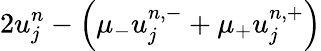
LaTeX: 2u_{j}^{n}-\left(\mu_{-}u_{j}^{n,-}+\mu_{+}u_{j}^{n,+}\right)